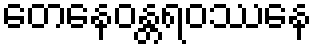
တေနေဝန္တရဝဿေန